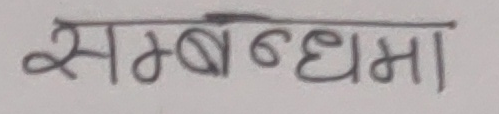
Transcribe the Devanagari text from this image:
सम्बन्धमा